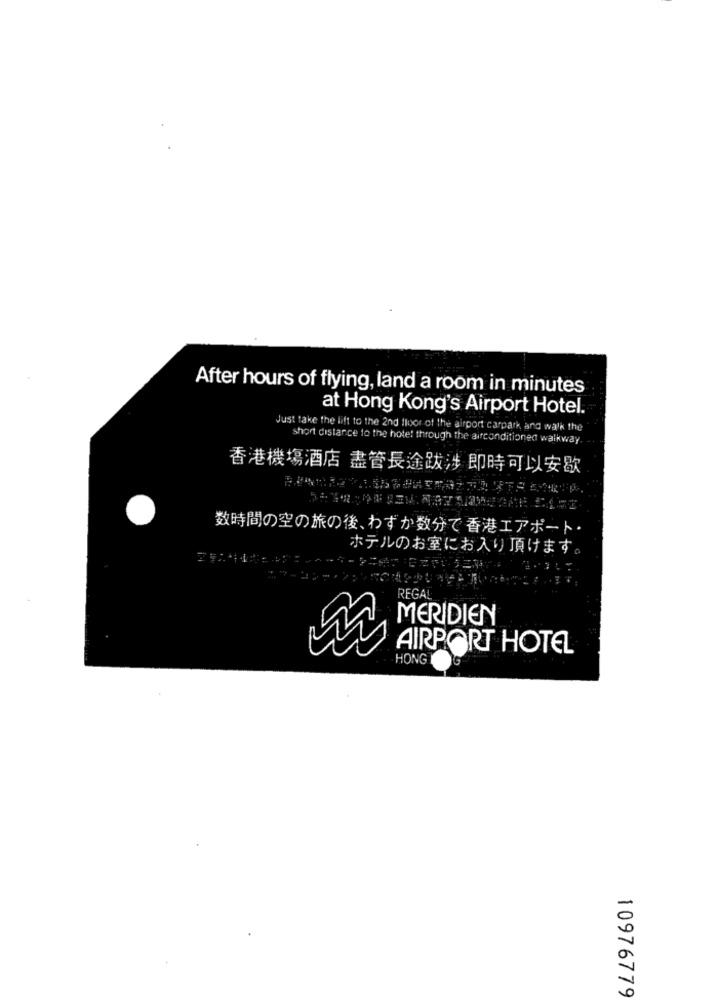
After hours of flying, land a room in minutes
at Hong Kong's Airport Hotel.
Just take the lift to the 2nd floor of the airport carpark, and walk the
short distance to the hotel through the airconditioned walkway
香港機場酒店 盡管長途跋涉 即時可以安歇
数時間の空の旅の後、わずか数分で 香港エアポート·
ホテルのお室にお入り頂けます。
REGAL
MERIDIEN
AIRPORT HOTEL
HONG
10976779